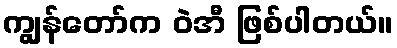
ကျွန်တော်က ဝဲအီ ဖြစ်ပါတယ်။